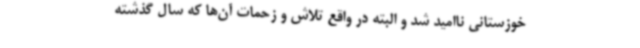
خوزستانی ناامید شد و البته در واقع تلاش و زحمات آن‌ها که سال گذشته